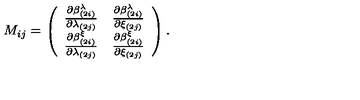
M _ { i j } = \left( \begin{array} { c c } { { \frac { \partial \beta _ { ( 2 i ) } ^ { \lambda } } { \partial \lambda _ { ( 2 j ) } } } } & { { \frac { \partial \beta _ { ( 2 i ) } ^ { \lambda } } { \partial \xi _ { ( 2 j ) } } } } \\ { { \frac { \partial \beta _ { ( 2 i ) } ^ { \xi } } { \partial \lambda _ { ( 2 j ) } } } } & { { \frac { \partial \beta _ { ( 2 i ) } ^ { \xi } } { \partial \xi _ { ( 2 j ) } } } } \\ \end{array} \right) .